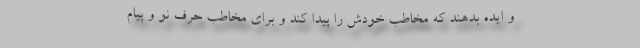
و ایده بدهند که مخاطب خودش را پیدا کند و برای مخاطب حرف نو و پیام